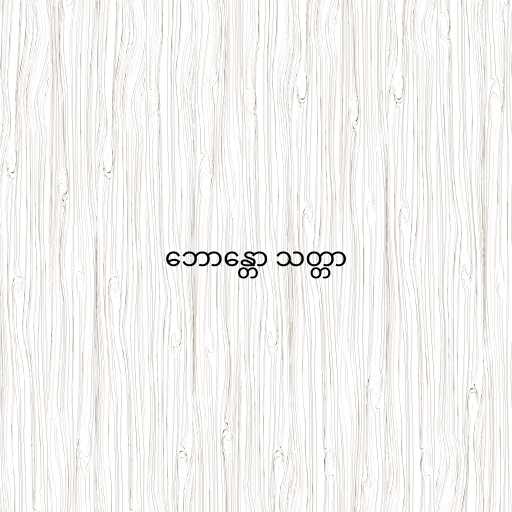
ဘောန္တော သတ္တာ